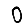
Digit: 0